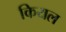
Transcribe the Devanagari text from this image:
कियल